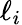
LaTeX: \ell_{i}